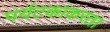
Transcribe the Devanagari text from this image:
पर्यटकांकरता